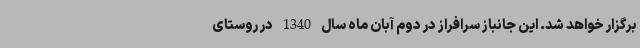
برگزار خواهد شد. این جانباز سرافراز در دوم آبان ماه سال 1340 در روستای